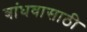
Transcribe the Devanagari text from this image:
बांधवासाठी